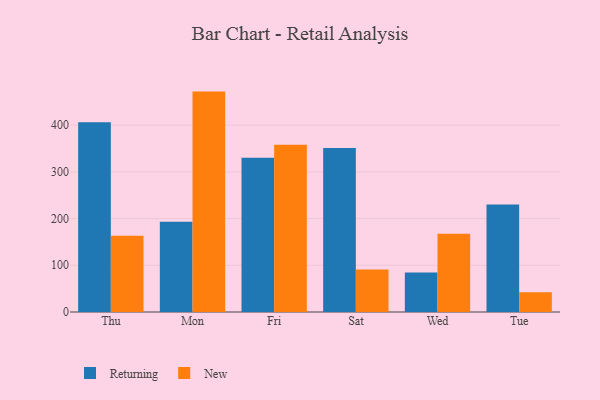
{"axis": {"x": "Day", "y": "Bounce Rate (%)"}, "legend": ["New", "Returning"], "data": [{"x": "Thu", "y": 406.1, "type": "Returning"}, {"x": "Thu", "y": 163.0, "type": "New"}, {"x": "Mon", "y": 193.2, "type": "Returning"}, {"x": "Mon", "y": 471.8, "type": "New"}, {"x": "Fri", "y": 330.1, "type": "Returning"}, {"x": "Fri", "y": 358.2, "type": "New"}, {"x": "Sat", "y": 350.8, "type": "Returning"}, {"x": "Sat", "y": 91.2, "type": "New"}, {"x": "Wed", "y": 84.8, "type": "Returning"}, {"x": "Wed", "y": 167.7, "type": "New"}, {"x": "Tue", "y": 230.2, "type": "Returning"}, {"x": "Tue", "y": 42.5, "type": "New"}]}